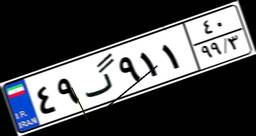
۰۶گ۰۷۱۸۵